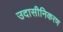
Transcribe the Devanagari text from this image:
उदासीनिकरण